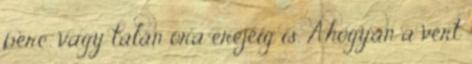
perc, vagy talán óra erejéig is. Ahogyan a vért